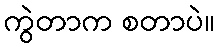
ကွဲတာက စတာပဲ။